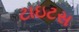
ટાઇટસ